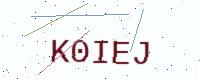
Text: K0IEJ